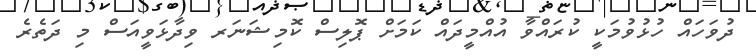
ދުވަހައް ހުޅުވުމަކީ ކުރައްވާ އުއްމީދައް ކަމަށް ޕޮލިސް ކޮމިޝަނަރ ވިދާޅަވީއަސް މި ދަތެރެ